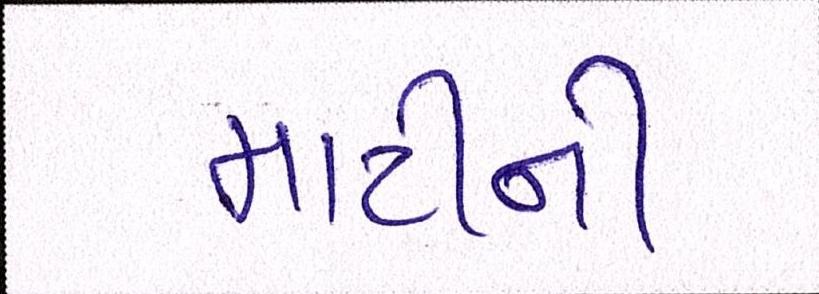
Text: માટીની